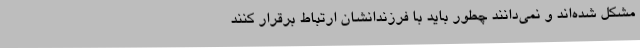
مشکل شده‌اند و نمی‌دانند چطور باید با فرزندانشان ارتباط برقرار کنند